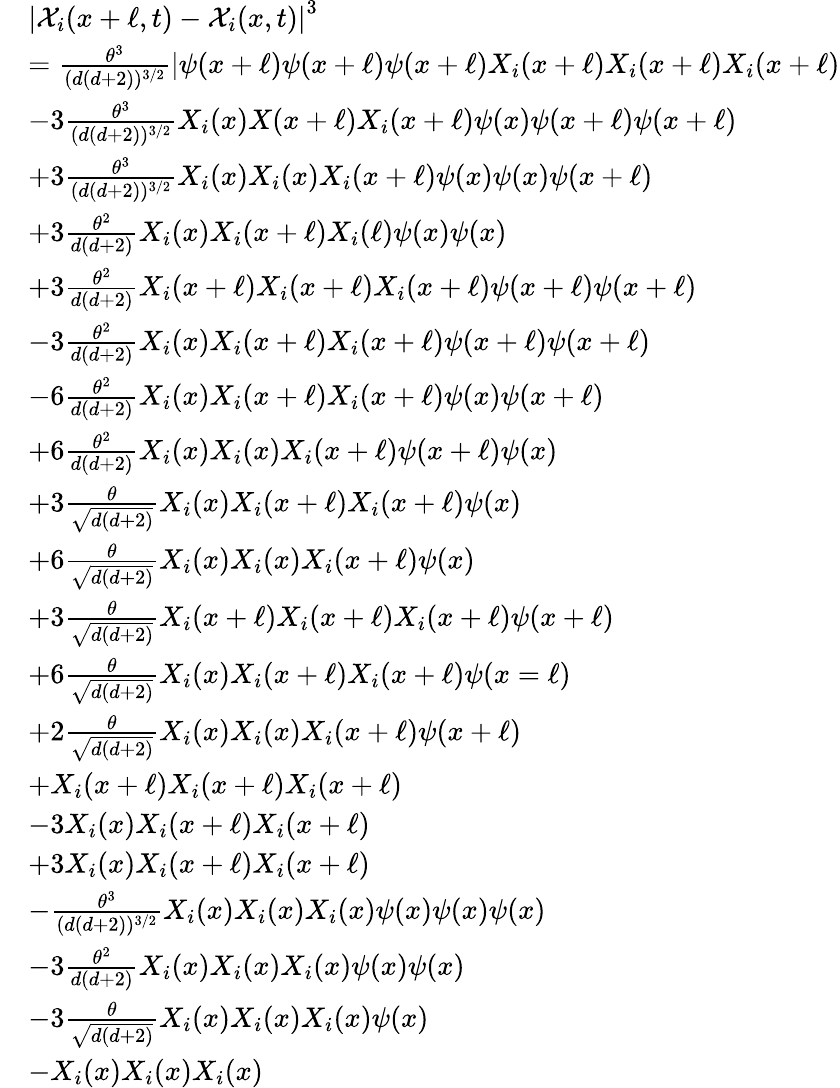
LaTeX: \begin{array}{rl}&{\left|{\mathcal{X}}_{i}(x+\ell,t)-{\mathcal{X}}_{i}(x,t)\right|^{3}}\\ &{=\frac{\theta^{3}}{(d(d+2))^{3/2}}|\psi(x+\ell)\psi(x+\ell)\psi(x+\ell)X_{i}(x+\ell)X_{i}(x+\ell)X_{i}(x+\ell)}\\ &{-3\frac{\theta^{3}}{(d(d+2))^{3/2}}X_{i}(x)X(x+\ell)X_{i}(x+\ell)\psi(x)\psi(x+\ell)\psi(x+\ell)}\\ &{+3\frac{\theta^{3}}{(d(d+2))^{3/2}}X_{i}(x)X_{i}(x)X_{i}(x+\ell)\psi(x)\psi(x)\psi(x+\ell)}\\ &{+3\frac{\theta^{2}}{d(d+2)}X_{i}(x)X_{i}(x+\ell)X_{i}(\ell)\psi(x)\psi(x)}\\ &{+3\frac{\theta^{2}}{d(d+2)}X_{i}(x+\ell)X_{i}(x+\ell)X_{i}(x+\ell)\psi(x+\ell)\psi(x+\ell)}\\ &{-3\frac{\theta^{2}}{d(d+2)}X_{i}(x)X_{i}(x+\ell)X_{i}(x+\ell)\psi(x+\ell)\psi(x+\ell)}\\ &{-6\frac{\theta^{2}}{d(d+2)}X_{i}(x)X_{i}(x+\ell)X_{i}(x+\ell)\psi(x)\psi(x+\ell)}\\ &{+6\frac{\theta^{2}}{d(d+2)}X_{i}(x)X_{i}(x)X_{i}(x+\ell)\psi(x+\ell)\psi(x)}\\ &{+3\frac{\theta}{\sqrt{d(d+2)}}X_{i}(x)X_{i}(x+\ell)X_{i}(x+\ell)\psi(x)}\\ &{+6\frac{\theta}{\sqrt{d(d+2)}}X_{i}(x)X_{i}(x)X_{i}(x+\ell)\psi(x)}\\ &{+3\frac{\theta}{\sqrt{d(d+2)}}X_{i}(x+\ell)X_{i}(x+\ell)X_{i}(x+\ell)\psi(x+\ell)}\\ &{+6\frac{\theta}{\sqrt{d(d+2)}}X_{i}(x)X_{i}(x+\ell)X_{i}(x+\ell)\psi(x=\ell)}\\ &{+2\frac{\theta}{\sqrt{d(d+2)}}X_{i}(x)X_{i}(x)X_{i}(x+\ell)\psi(x+\ell)}\\ &{+X_{i}(x+\ell)X_{i}(x+\ell)X_{i}(x+\ell)}\\ &{-3X_{i}(x)X_{i}(x+\ell)X_{i}(x+\ell)}\\ &{+3X_{i}(x)X_{i}(x+\ell)X_{i}(x+\ell)}\\ &{-\frac{\theta^{3}}{(d(d+2))^{3/2}}X_{i}(x)X_{i}(x)X_{i}(x)\psi(x)\psi(x)\psi(x)}\\ &{-3\frac{\theta^{2}}{d(d+2)}X_{i}(x)X_{i}(x)X_{i}(x)\psi(x)\psi(x)}\\ &{-3\frac{\theta}{\sqrt{d(d+2)}}X_{i}(x)X_{i}(x)X_{i}(x)\psi(x)}\\ &{-X_{i}(x)X_{i}(x)X_{i}(x)}\end{array}